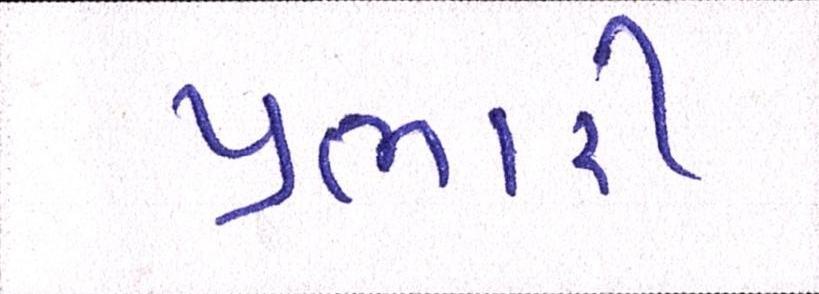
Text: પ્રભારી